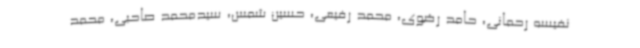
نفیسه رحمانی، حامد رضوی، محمد رفیعی، حسین شمس، سیدمحمد صاحبی، محمد